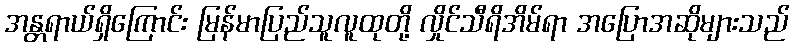
အန္တရာယ်ရှိကြောင်း မြန်မာပြည်သူလူထုတို့ လှိုင်သီရိအိမ်ရာ အပြောအဆိုများသည်